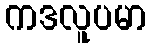
ကဒလူပမာ